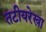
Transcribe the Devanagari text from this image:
तटीयरेखा